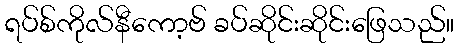
ရပ်စ်ကိုလ်နီကော့ဗ် ခပ်ဆိုင်းဆိုင်းဖြေသည်။